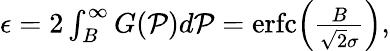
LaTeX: \begin{array}{r}{\epsilon=2\int_{B}^{\infty}G(\mathcal{P})d\mathcal{P}=\textrm{erfc}\Big(\frac{B}{\sqrt{2}\sigma}\Big),}\end{array}